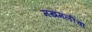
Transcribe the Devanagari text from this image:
मखमलीचा